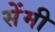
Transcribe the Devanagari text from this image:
सेेंमी